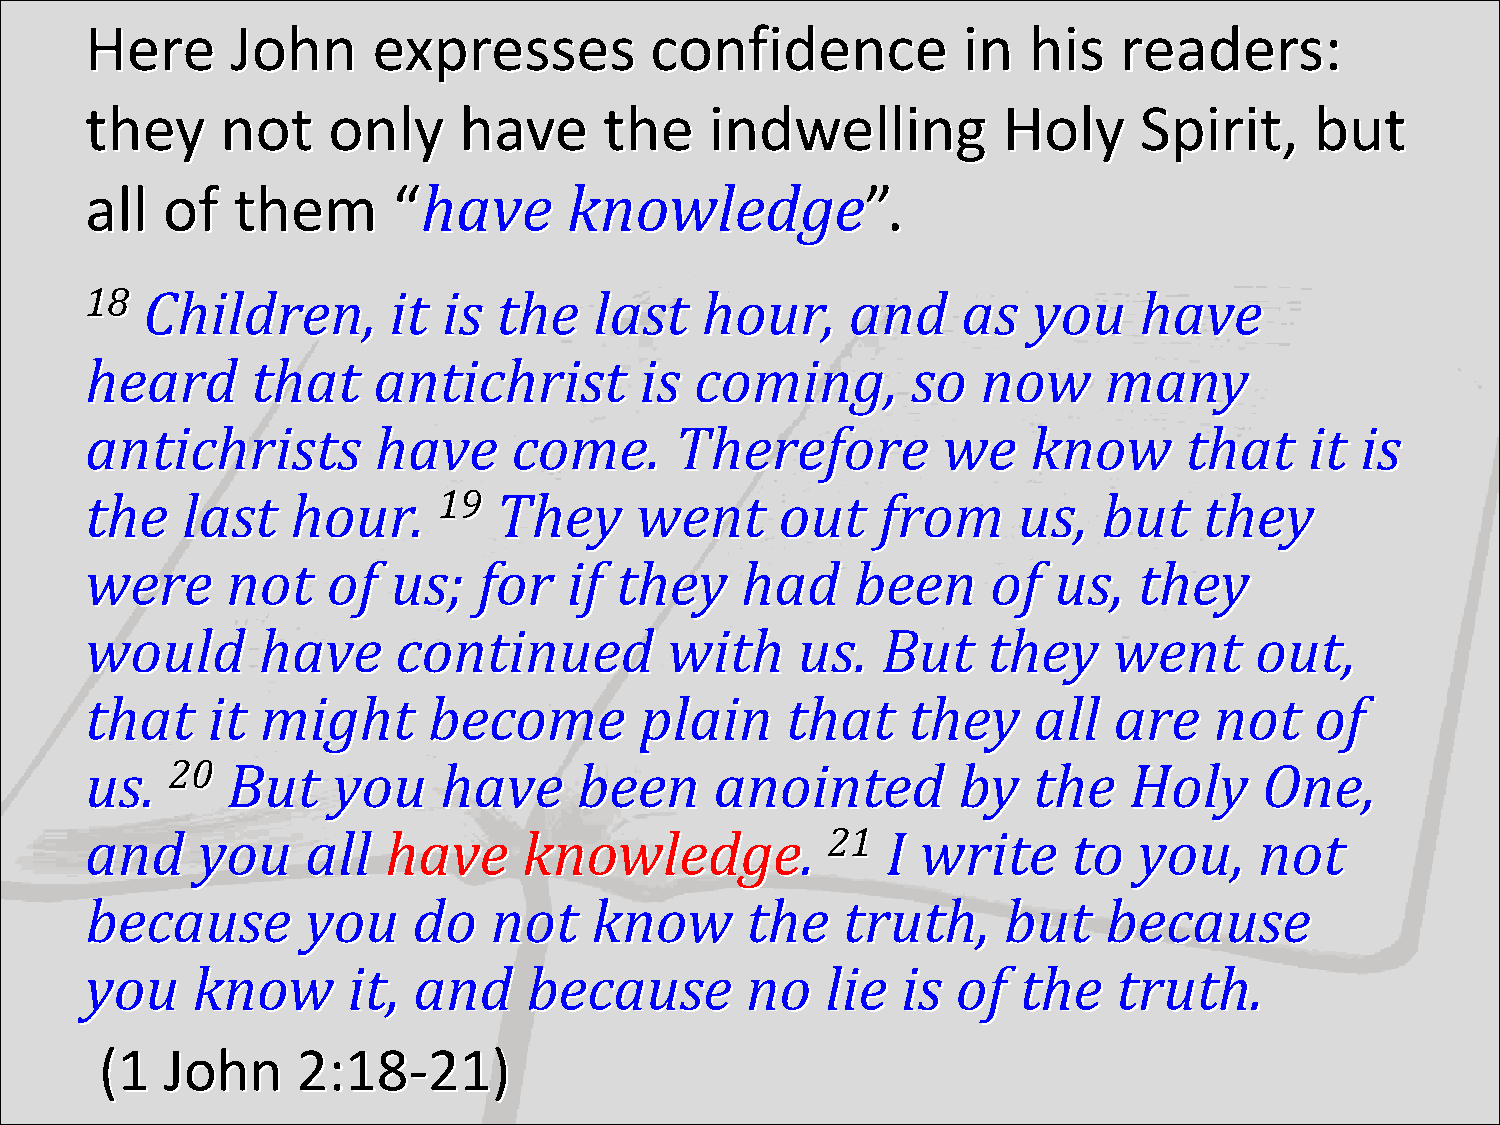
Here     John      expresses         confidence           in  his   readers:
 they     not    only    have      the    indwelling         Holy     Spirit,     but
 all  of  them       “have       knowledge”.
 18 Children,        it is  the   last   hour,     and     as  you    have
 heard      that    antichrist       is  coming,       so   now     many
 antichrists        have     come.      Therefore        we    know      that     it is
 the   last   hour.     19  They     went      out   from     us,   but    they
 were     not    of  us;   for   if they    had     been     of  us,  they
 would      have     continued         with     us.  But    they     went     out,
 that    it might      become        plain     that    they    all   are   not    of
 us.  20  But    you    have     been     anointed        by   the    Holy     One,
 and    you    all   have     knowledge.          21  I write     to  you,    not
 because       you    do   not    know      the    truth,    but    because
 you    know      it, and     because       no    lie  is of  the    truth.
 (1  John     2:18-21)